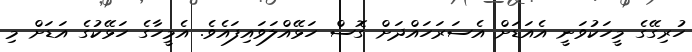
ހުރިގޭގެ މީހަކުވަނީ އެއަޑަށް އެސަރަހައްދަށް ގޮސް ހަޅޭއްލަވައިފައެވެ. އެމީހާގެ ހަޅޭކުގެ އަޑަށް މި